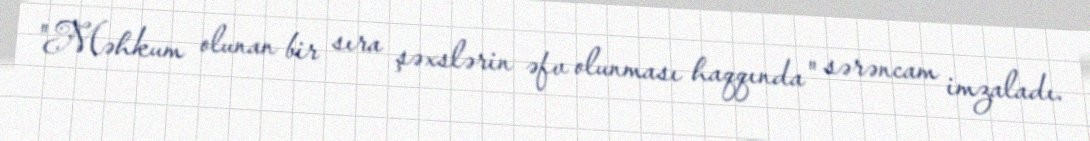
"Məhkum olunan bir sıra şəxslərin əfv olunması haqqında" sərəncam imzaladı.